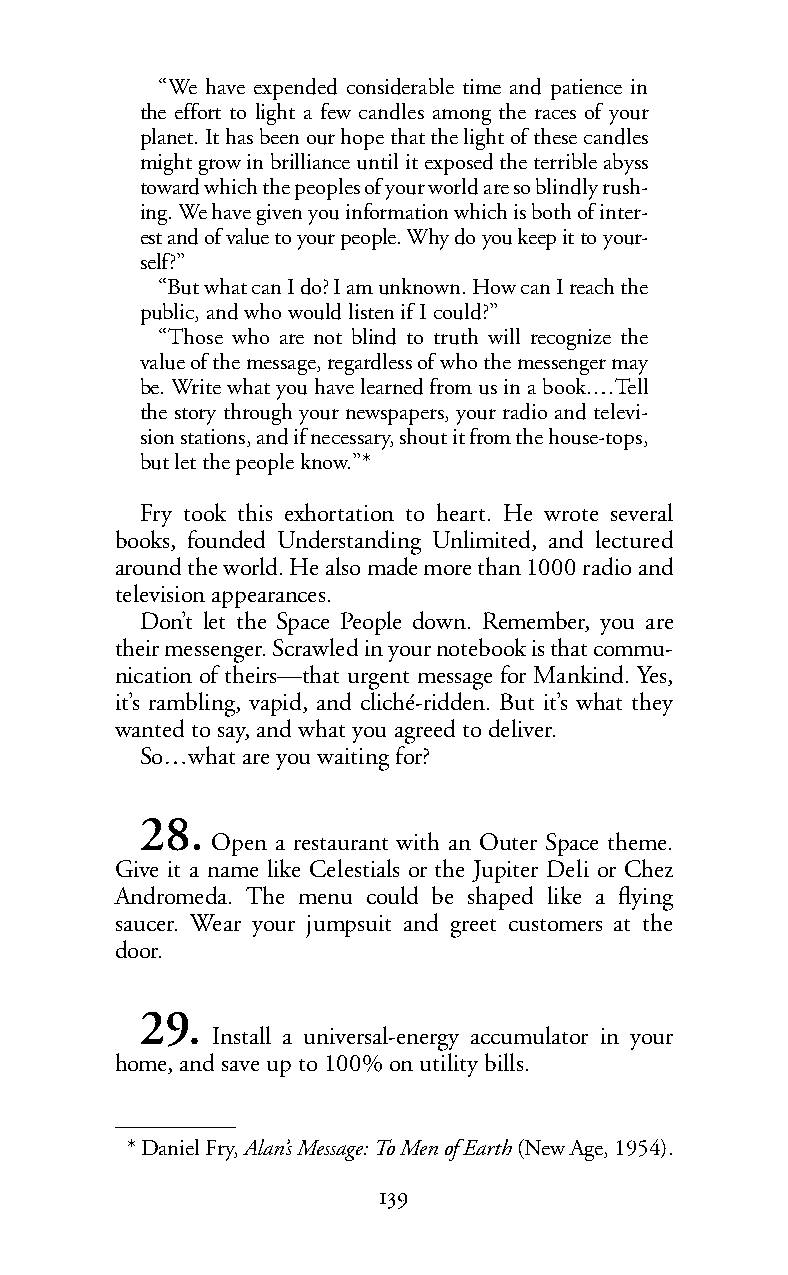
“We have expended considerable time and patience in
 the effort to light a few candles among the races of your
 planet. It has been our hope that the light of these candles
 might grow in brilliance until it exposed the terrible abyss
 toward which the peoples of your world are so blindly rush-
 ing. We have given you information which is both of inter-
 est and of value to your people. Why do you keep it to your-
 self?”
 “But what can I do? I am unknown. How can I reach the
 public, and who would listen if I could?”
 “Those who are not blind to truth will recognize the
 value of the message, regardless of who the messenger may
 be. Write what you have learned from us in a book.…Tell
 the story through your newspapers, your radio and televi-
 sion stations, and if necessary, shout it from the house-tops,
 but let the people know.”*
 Fry took this exhortation to heart. He wrote several
 books, founded Understanding Unlimited, and lectured
 around the world. He also made more than 1000 radio and
 televisionappearances.
 Don’t let the Space People down. Remember, you are
 their messenger. Scrawled in your notebook is that commu-
 nication of theirs—that urgent message for Mankind. Yes,
 it’s rambling, vapid, and cliché-ridden. But it’s what they
 wanted to say, and what you agreed to deliver.
 So…what are you waiting for?
 28.
 Open a restaurant with an Outer Space theme.
 Give it a name like Celestials or the Jupiter Deli or Chez
 Andromeda. The menu could be shaped like a flying
 saucer. Wear your jumpsuit and greet customers at the
 door.
 29.
 Install a universal-energy accumulator in your
 home, and save up to 100% on utility bills.
 *Daniel Fry,Alan’s Message: To Men of Earth(New Age, 1954).
 